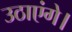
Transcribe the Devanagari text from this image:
उठाएंगे।